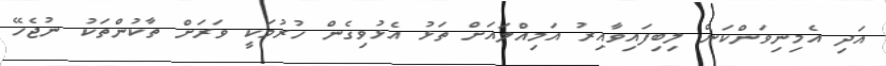
އަދި އެމިނިވަންކަން ލިބިފައިވާއިރު އަމިއްލައަށް ތަޅު އެޅުވިގެން ހުރުމަކީ ވަރަށް ތާކުންތަކު ނުޖެހޭ